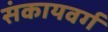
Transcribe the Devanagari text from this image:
संकायवर्ग